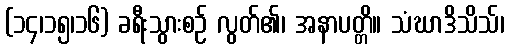
(၁၄၊၁၅၊၁၆) ခရီးသွားစဉ် လွတ်၏၊ အနာပတ္တိ။ သံဃာဒိသိသ်၊